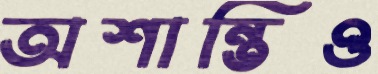
অশান্তিও